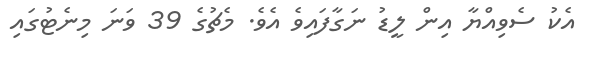
އެކު ސެވިއްޔާ އިން ލީޑު ނަގާފައިވެ އެވެ. މެޗުގެ 39 ވަނަ މިނެޓުގައި